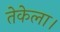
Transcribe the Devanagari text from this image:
तेकेला।